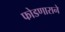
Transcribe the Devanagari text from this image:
फोडणाराने